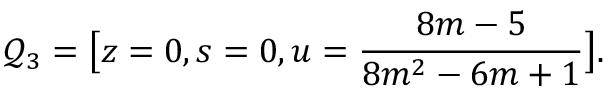
\mathcal { Q } _ { 3 } = \big [ z = 0 , s = 0 , u = \frac { 8 m - 5 } { 8 m ^ { 2 } - 6 m + 1 } \big ] .